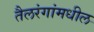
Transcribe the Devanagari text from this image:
तैलरंगांमधील